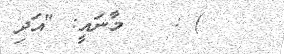
) : ١١ މާނައީ: "އަދި